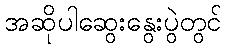
အဆိုပါဆွေးနွေးပွဲတွင်